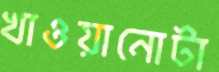
খাওয়ানোটা